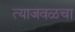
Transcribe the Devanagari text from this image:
त्याजवळचा